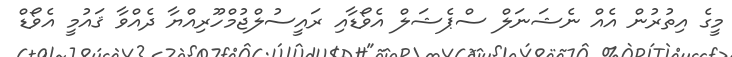
މީގެ އިތުރުން އެއް ނެޝަނަލް ސްޕެޝަލް އެވޯޑާއި ރައީސުލްޖުމްހޫރިއްޔާ ދެއްވާ ޤައުމީ އެވޯޑް